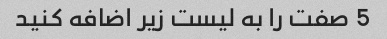
5 صفت را به لیست زیر اضافه کنید